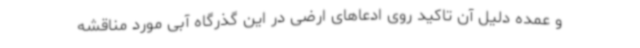
و عمده دلیل آن تاکید روی ادعاهای ارضی در این گذرگاه آبی مورد مناقشه